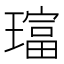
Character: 𱯧